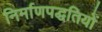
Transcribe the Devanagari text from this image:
निर्माणपद्धतियों